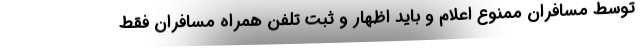
توسط مسافران ممنوع اعلام و باید اظهار و ثبت تلفن همراه مسافران فقط